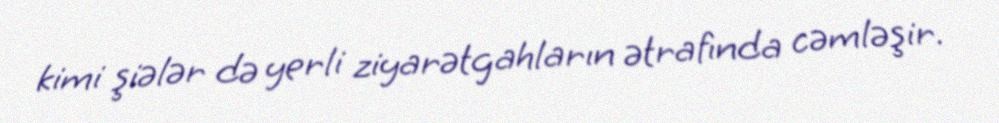
kimi şiələr də yerli ziyarətgahların ətrafında cəmləşir.